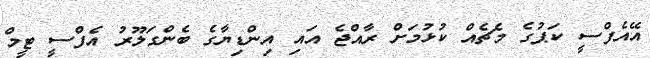
އޭއެފްސީ ކަޕުގެ މެޗެއް ކުޅުމަށް ރާއްޖެ އައި އިންޑިޔާގެ ބެންގަލޫރު އެފްސީ ޓީމް